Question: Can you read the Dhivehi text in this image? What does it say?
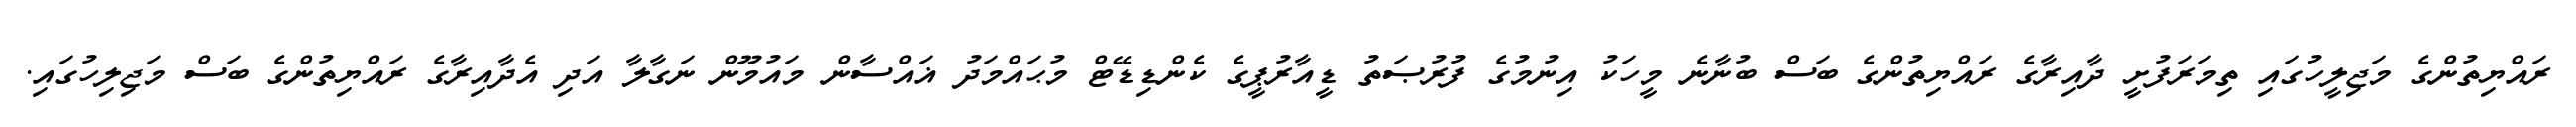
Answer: ރައްޔިތުންގެ މަޖިލީހުގައި ތިމަރަފުށީ ދާއިރާގެ ރައްޔިތުންގެ ބަސް ބުނާނެ މީހަކު އިނުމުގެ ފުރުޞަތު ޑީއާރުޕީގެ ކެންޑިޑޭޓް މުޙައްމަދު ޣައްސާން މައުމޫން ނަގާލާ އަދި އެދާއިރާގެ ރައްޔިތުންގެ ބަސް މަޖިލިހުގައި.